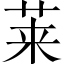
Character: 莱